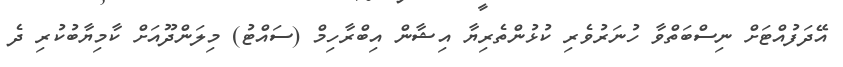
އޭދަފުއްޓަށް ނިސްބަތްވާ ހުނަރުވެރި ކުޅުންތެރިޔާ އިޝާން އިބްރާހިމް (ސައްޓު) މިލަންދޫއަށް ކާމިޔާބުކުރި ދެ